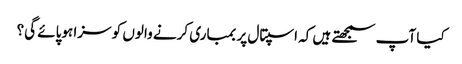
کیا آپ سمجھتے ہیں کہ اسپتال پر بمباری کرنے والوں کو سزا ہوپائے گی؟